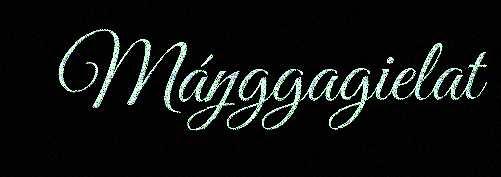
Máŋggagielat